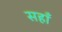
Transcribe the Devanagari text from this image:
सहाँ